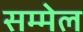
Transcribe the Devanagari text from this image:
सम्मेल